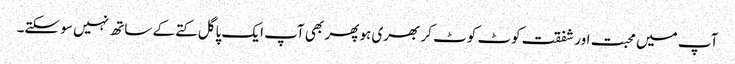
آپ میں محبت اور شفقت کوٹ کوٹ کر بھری ہو پھر بھی آپ ایک پاگل کتے کے ساتھ نہیں سو سکتے۔